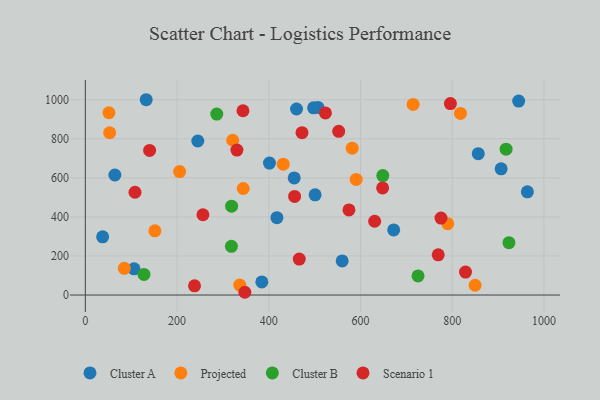
{"axis": {"x": "Distance", "y": "Fuel Efficiency"}, "legend": ["Cluster A", "Cluster B", "Projected", "Scenario 1"], "data": [{"x": "672.3", "y": 333.1, "type": "Cluster A"}, {"x": "417.7", "y": 396.0, "type": "Cluster A"}, {"x": "455.4", "y": 599.5, "type": "Cluster A"}, {"x": "507.2", "y": 960.5, "type": "Cluster A"}, {"x": "37.7", "y": 297.8, "type": "Cluster A"}, {"x": "501.0", "y": 512.8, "type": "Cluster A"}, {"x": "944.8", "y": 993.0, "type": "Cluster A"}, {"x": "384.8", "y": 67.1, "type": "Cluster A"}, {"x": "460.5", "y": 952.4, "type": "Cluster A"}, {"x": "497.7", "y": 958.2, "type": "Cluster A"}, {"x": "132.7", "y": 999.9, "type": "Cluster A"}, {"x": "906.6", "y": 646.3, "type": "Cluster A"}, {"x": "245.2", "y": 788.5, "type": "Cluster A"}, {"x": "106.2", "y": 134.0, "type": "Cluster A"}, {"x": "856.7", "y": 723.7, "type": "Cluster A"}, {"x": "963.8", "y": 528.4, "type": "Cluster A"}, {"x": "401.5", "y": 675.4, "type": "Cluster A"}, {"x": "64.4", "y": 614.4, "type": "Cluster A"}, {"x": "560.0", "y": 174.7, "type": "Cluster A"}, {"x": "431.5", "y": 669.7, "type": "Projected"}, {"x": "581.8", "y": 752.0, "type": "Projected"}, {"x": "151.7", "y": 328.6, "type": "Projected"}, {"x": "51.5", "y": 933.1, "type": "Projected"}, {"x": "336.7", "y": 50.9, "type": "Projected"}, {"x": "817.9", "y": 930.0, "type": "Projected"}, {"x": "321.3", "y": 792.5, "type": "Projected"}, {"x": "85.0", "y": 136.8, "type": "Projected"}, {"x": "344.3", "y": 545.4, "type": "Projected"}, {"x": "714.7", "y": 975.9, "type": "Projected"}, {"x": "590.5", "y": 591.8, "type": "Projected"}, {"x": "205.6", "y": 631.9, "type": "Projected"}, {"x": "53.0", "y": 830.7, "type": "Projected"}, {"x": "790.2", "y": 365.3, "type": "Projected"}, {"x": "849.8", "y": 50.1, "type": "Projected"}, {"x": "318.9", "y": 454.9, "type": "Cluster B"}, {"x": "648.6", "y": 611.7, "type": "Cluster B"}, {"x": "725.4", "y": 97.9, "type": "Cluster B"}, {"x": "917.4", "y": 746.5, "type": "Cluster B"}, {"x": "286.5", "y": 926.4, "type": "Cluster B"}, {"x": "318.5", "y": 249.2, "type": "Cluster B"}, {"x": "127.8", "y": 105.5, "type": "Cluster B"}, {"x": "923.6", "y": 267.9, "type": "Cluster B"}, {"x": "256.4", "y": 411.0, "type": "Scenario 1"}, {"x": "574.8", "y": 435.9, "type": "Scenario 1"}, {"x": "343.7", "y": 943.4, "type": "Scenario 1"}, {"x": "648.2", "y": 548.1, "type": "Scenario 1"}, {"x": "456.3", "y": 504.9, "type": "Scenario 1"}, {"x": "108.3", "y": 526.1, "type": "Scenario 1"}, {"x": "796.0", "y": 980.1, "type": "Scenario 1"}, {"x": "775.5", "y": 394.1, "type": "Scenario 1"}, {"x": "828.9", "y": 117.4, "type": "Scenario 1"}, {"x": "523.5", "y": 932.2, "type": "Scenario 1"}, {"x": "630.8", "y": 377.7, "type": "Scenario 1"}, {"x": "238.1", "y": 47.1, "type": "Scenario 1"}, {"x": "140.1", "y": 740.3, "type": "Scenario 1"}, {"x": "472.4", "y": 831.1, "type": "Scenario 1"}, {"x": "330.5", "y": 742.0, "type": "Scenario 1"}, {"x": "552.4", "y": 838.2, "type": "Scenario 1"}, {"x": "769.4", "y": 205.8, "type": "Scenario 1"}, {"x": "466.4", "y": 184.2, "type": "Scenario 1"}, {"x": "347.8", "y": 14.1, "type": "Scenario 1"}]}